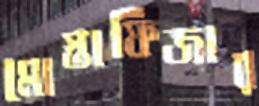
মোস্তাফিজার